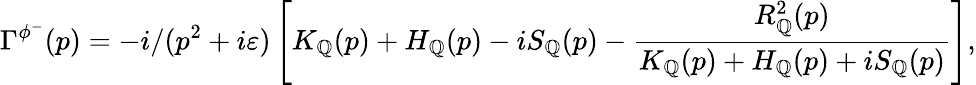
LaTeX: \Gamma^{\phi^{-}}(p)=-i/(p^{2}+i\varepsilon)\left[K_{\mathbb{Q}}(p)+H_{\mathbb{Q}}(p)-iS_{\mathbb{Q}}(p)-\frac{{R_{\mathbb{Q}}^{2}(p)}}{{K_{\mathbb{Q}}(p)+H_{\mathbb{Q}}(p)+iS_{\mathbb{Q}}(p)}}\right],